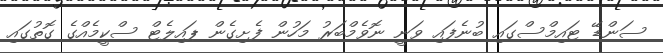
ސަންޑޭ ޓައިމްސްގައި ބުނެފައި ވަނީ ނޮވެމްބަރު މަހުން ފެށިގެން ޕައިލެޓް ސްކީމެއްގެ ގޮތުގައި